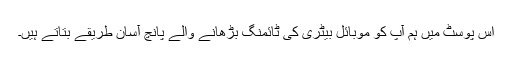
اس پوسٹ میں ہم آپ کو موبائل بیٹری کی ٹائمنگ بڑھانے والے پانچ آسان طریقے بتاتے ہیں۔